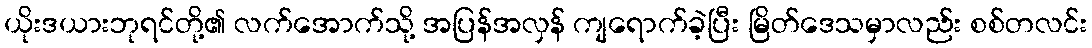
ယိုးဒယားဘုရင်တို့၏ လက်အောက်သို့ အပြန်အလှန် ကျရောက်ခဲ့ပြီး မြိတ်ဒေသမှာလည်း စစ်တလင်း